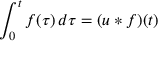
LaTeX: \int _ { 0 } ^ { t } f ( \tau ) \, d \tau = ( u * f ) ( t )